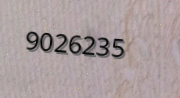
9026235